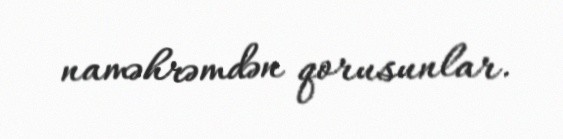
naməhrəmdən qorusunlar.